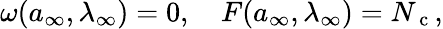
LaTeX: \begin{array}{r}{\omega({a}_{\infty},\lambda_{\infty})=0,\quad F({a}_{\infty},\lambda_{\infty})=N_{\mathrm{~c~}},}\end{array}